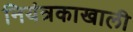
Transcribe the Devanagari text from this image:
नियंत्रकाखाली